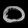
Digit: ၀